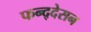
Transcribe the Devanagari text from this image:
फन्द्देसन